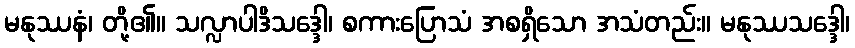
မနုဿနံ၊ တို့၏။ သလ္လာပါဒိသဒ္ဒေါ၊ စကားပြောသံ အစရှိသော အသံတည်း။ မနုဿသဒ္ဒေါ၊